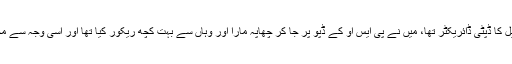
میں کوئٹہ میں کرائم سیل کا ڈپٹی ڈائریکٹر تھا، میں نے پی ایس او کے ڈپو پر جا کر چھاپہ مارا اور وہاں سے بہت کچھ ریکور کیا تھا اور اسی وجہ سے مجھے معطل کر دیا گیا۔